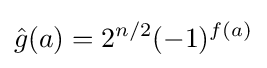
{\hat {g}}(a)=2^{n/2}(-1)^{f(a)}